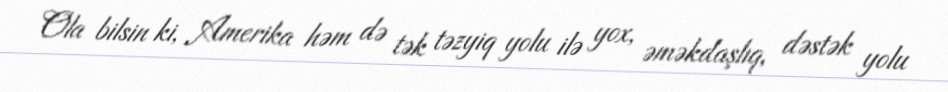
Ola bilsin ki, Amerika həm də tək təzyiq yolu ilə yox, əməkdaşlıq, dəstək yolu